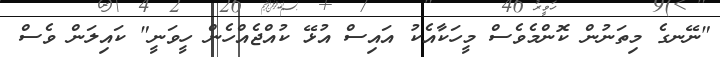
"ނޭނގެ މިތަނުން ކޮންމެވެސް މީހަކާއެކު އައިސް އުޅޭ ކުއްޖެއްހެން ހީވަނީ" ކައިލަން ވެސް